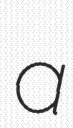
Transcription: a